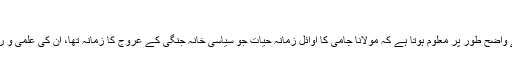
" [37]
ملا عبد الغفور لاری کے اِس بیان سے واضح طور پر معلوم ہوتا ہے کہ مولانا جامی کا اوائل زمانہ حیات جو سیاسی خانہ جنگی کے عروج کا زمانہ تھا، اُن کی علمی و روحانی زندگی پر اثرانداز نہیں ہو سکا۔